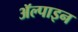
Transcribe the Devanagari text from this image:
ॲल्पाइन